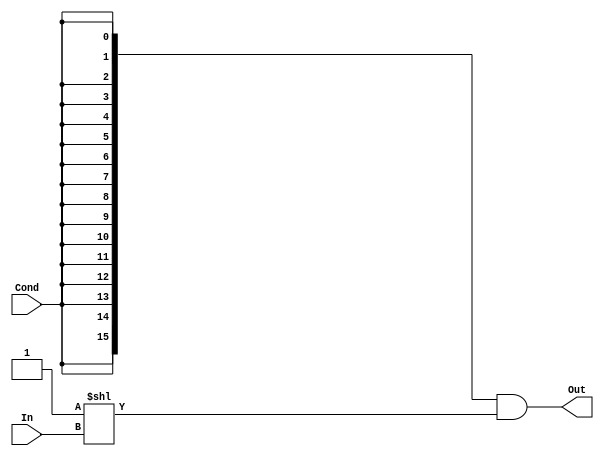
module Decoder4x16_Cond  (
	input 	wire [3:0] 	In,
	input 	wire 			Cond,
	output 	wire  [15:0]	Out
);

assign Out = {16{Cond}} & (1'b1 << In);

//always @ (*)
//	if (!Cond)
//		Out = {16{1'b0}};
//	else
//		case (In)
//			'd0:  Out = 16'b1;
//			'd1:  Out = 16'b10;
//			'd2:  Out = 16'b100;
//			'd3:  Out = 16'b1000;
//			'd4:  Out = 16'b10000;
//			'd5:  Out = 16'b100000;
//			'd6:  Out = 16'b1000000;
//			'd7:  Out = 16'b10000000;
//			'd8:  Out = 16'b100000000;
//			'd9:  Out = 16'b1000000000;
//			'd10: Out = 16'b10000000000;
//			'd11: Out = 16'b100000000000;
//			'd12: Out = 16'b1000000000000;
//			'd13: Out = 16'b10000000000000;
//			'd14: Out = 16'b100000000000000;
//			'd15: Out = 16'b1000000000000000;
//		endcase
	
endmodule